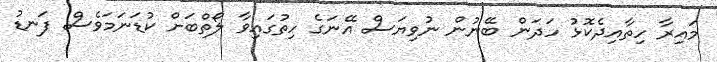
މައިރާ ހިތާއިދެކޮޅު ހަދަން ބޭނުން ނުވިޔަސް އޭނަގެ ހިތުގައިވާ ލޯތްބަށް ކުޑަނަމަވެސް ފަނޑު